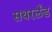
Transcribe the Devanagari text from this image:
सथरलँड